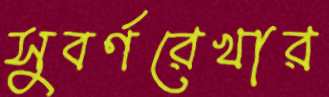
সুবর্ণরেখার